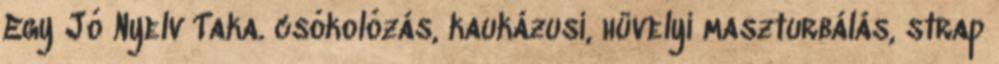
Egy Jó Nyelv Taka. csókolózás, kaukázusi, hüvelyi maszturbálás, strap